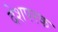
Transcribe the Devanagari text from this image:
देशपरक